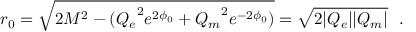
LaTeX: r _ { 0 } = \sqrt { 2 M ^ { 2 } - ( { Q _ { e } } ^ { 2 } e ^ { 2 \phi _ { 0 } } + { Q _ { m } } ^ { 2 } e ^ { - 2 \phi _ { 0 } } ) } = \sqrt { 2 | Q _ { e } | | Q _ { m } | } ~ ~ .